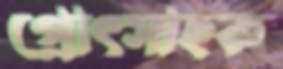
প্রোৎসাহক